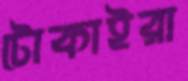
টোকাইরা